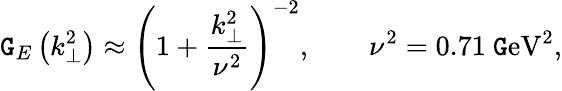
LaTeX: \mathtt{G}_{E}\left(k_{\perp}^{2}\right)\approx\left(1+\frac{{k_{\perp}^{2}}}{{\nu^{2}}}\right)^{-2},\qquad\nu^{2}=0.71\mathrm{{\ \mathtt{G}eV^{2},}}